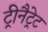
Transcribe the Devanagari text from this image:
ट्रीनैट्रेट